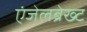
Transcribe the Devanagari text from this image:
एंजेलब्रेख्ट